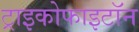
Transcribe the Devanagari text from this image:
ट्राइकोफाइटॉन